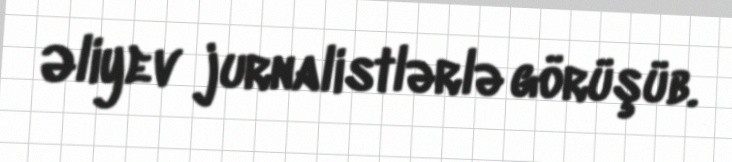
Əliyev jurnalistlərlə görüşüb.